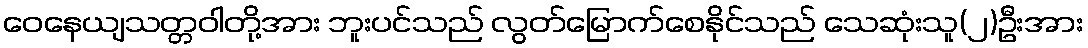
ဝေနေယျသတ္တဝါတို့အား ဘူးပင်သည် လွတ်မြောက်စေနိုင်သည် သေဆုံးသူ(၂)ဦးအား